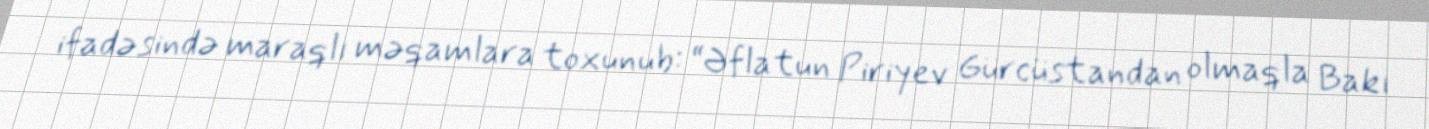
ifadəsində maraqlı məqamlara toxunub: “Əflatun Piriyev Gürcüstandan olmaqla Bakı